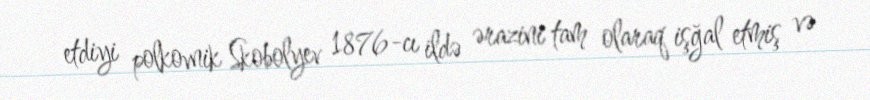
etdiyi polkovnik Skobolyev 1876-cı ildə ərazini tam olaraq işğal etmiş və